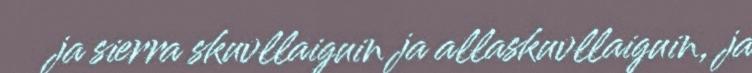
ja sierra skuvllaiguin ja allaskuvllaiguin, ja